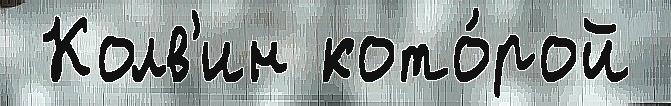
 Колв'ин кото́рой